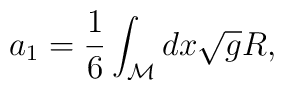
a_1 = \frac{1}{6} \int_{\cal M} dx \sqrt{g} R,